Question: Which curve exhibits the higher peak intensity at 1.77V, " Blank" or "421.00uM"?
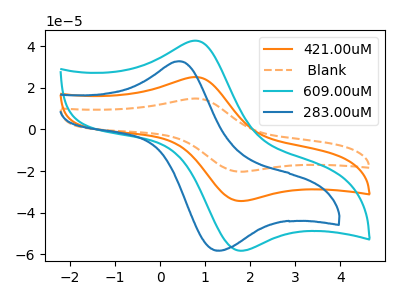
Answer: <think>The orange curve "421.00uM" has an anodic peak at (0.80V, 25.15uA) and a cathodic peak at (1.75V, -34.40uA). The orange dashed curve " Blank" has an anodic peak at (0.80V, 50.35uA) and a cathodic peak at (1.75V, -68.80uA). The cyan curve "609.00uM" has an anodic peak at (0.80V, 42.65uA) and a cathodic peak at (1.75V, -58.30uA). The blue curve "283.00uM" has an anodic peak at (0.45V, 32.80uA) and a cathodic peak at (1.35V, -58.20uA).</think>
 <answer>The peak at 1.77V is higher in " Blank" than in "421.00uM".</answer>
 <eval>higher</eval>